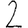
Digit: 2